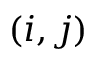
( i , j )